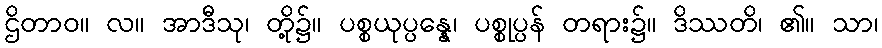
ဌိတာဝ။ လ။ အာဒီသု၊ တို့၌။ ပစ္စယုပ္ပန္နေ၊ ပစ္စုပ္ပန် တရား၌။ ဒိဿတိ၊ ၏။ သာ၊